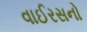
વાઈરસનો